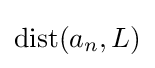
\operatorname {dist} (a_{n},L)